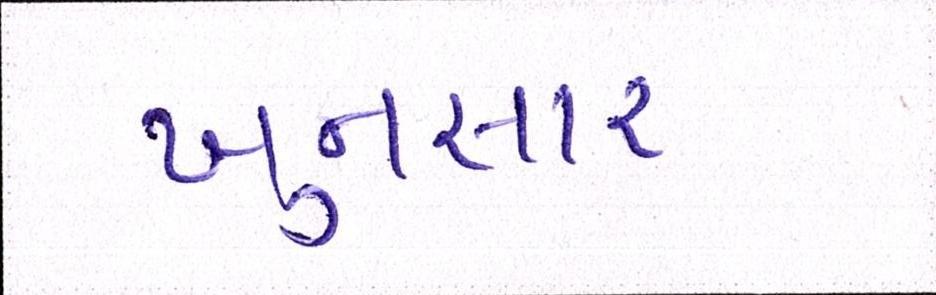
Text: ખુનખાર